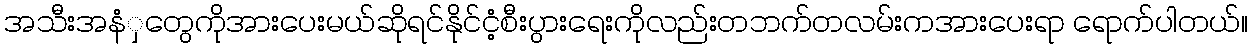
အသီးအနံှတွေကိုအားပေးမယ်ဆိုရင်နိုင်ငံ့စီးပွားရေးကိုလည်းတဘက်တလမ်းကအားပေးရာ ရောက်ပါတယ်။